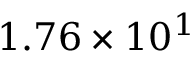
1 . 7 6 \times 1 0 ^ { 1 }